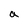
Character: a